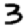
Digit: 3